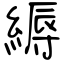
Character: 縟